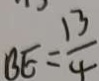
B E = \frac { 1 3 } { 4 }